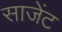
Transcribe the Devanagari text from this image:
साजेंट